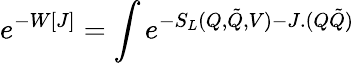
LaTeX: e^{-W[J]}=\int e^{-S_{L}(Q,\tilde{Q},V)-J.(Q\tilde{Q})}